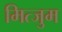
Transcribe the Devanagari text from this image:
मित्जुम